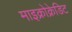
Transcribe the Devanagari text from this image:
माइक्रोक्रेडिट